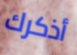
أذكرك